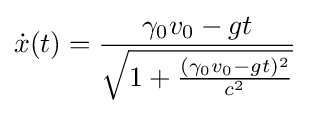
{\dot {x}}(t)={\frac {\gamma _{0}v_{0}-gt}{\sqrt {1+{\frac {(\gamma _{0}v_{0}-gt)^{2}}{c^{2}}}}}}